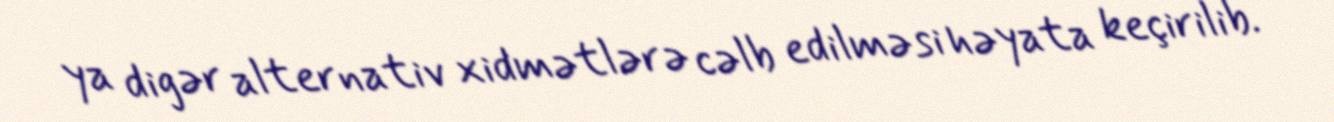
ya digər alternativ xidmətlərə cəlb edilməsi həyata keçirilib.